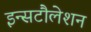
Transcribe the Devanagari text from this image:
इन्सटौलेशन